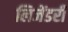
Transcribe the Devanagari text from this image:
लिजेंडरी